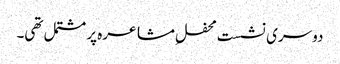
دوسری نشست محفلِ مشاعرہ پر مشتمل تھی۔